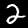
Digit: 2